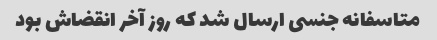
متاسفانه جنسی ارسال شد که روز آخر انقضاش بود